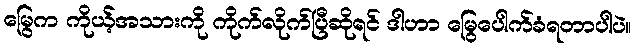
မြွေက ကိုယ့်အသားကို ကိုက်လိုက်ပြီဆိုရင် ဒါဟာ မြွေပေါက်ခံရတာပါပဲ။